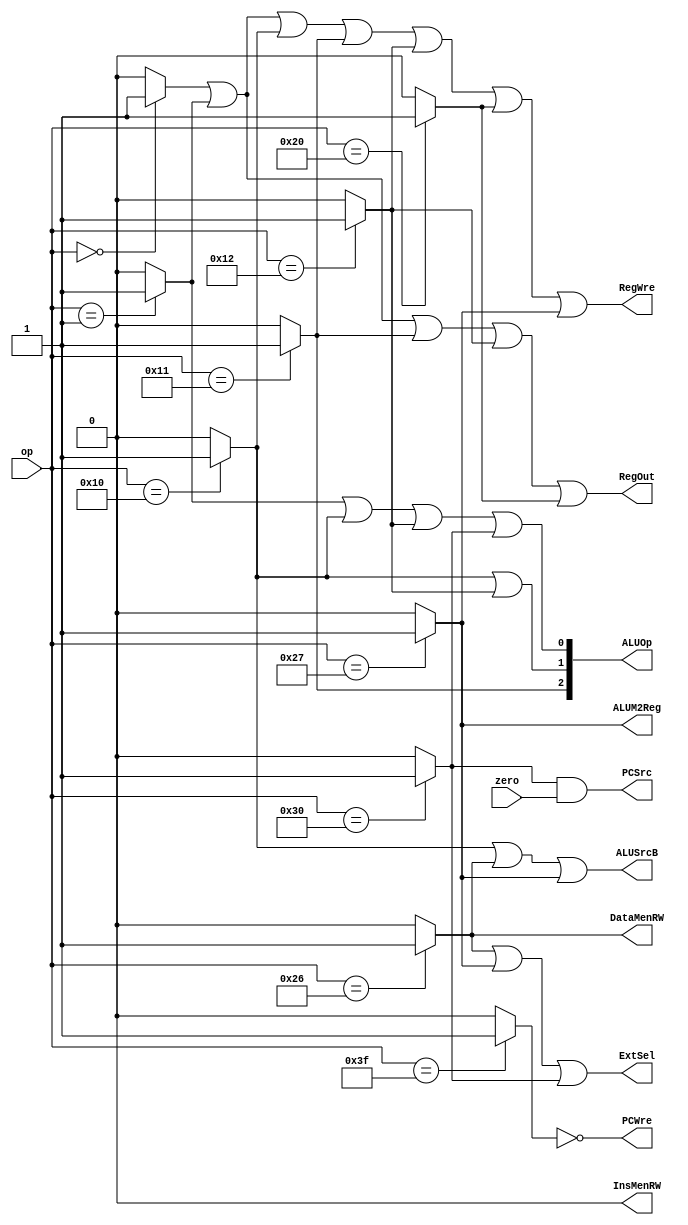
`timescale 1ns / 1ps
//////////////////////////////////////////////////////////////////////////////////
// Company: SYSU
// 
// Design Name: 
// Module Name:    CU 
// Project Name: 
// Target Devices: 
// Tool versions: 
// Description: 
//
// Dependencies: 
//
// Revision: 
// Revision 0.01 - File Created
// Additional Comments: 
//
//////////////////////////////////////////////////////////////////////////////////
module CU(
	input [5:0]op, // 
	input zero,
	output wire RegOut,
	output wire InsMenRW,
	output wire ExtSel,
	output wire DataMenRW,
	output wire ALUM2Reg,
	output wire ALUSrcB,
	output wire PCSrc,
	output wire RegWre,
	output wire PCWre,
	output wire [2:0] ALUOp
    );
	// 326
	reg [5:0] ADD;
	reg [5:0] SUB;
	reg [5:0] ORI;
	reg [5:0] AND;
	reg [5:0] OR;
	reg [5:0] MOVE;
	reg [5:0] SW;
	reg [5:0] LW;
	reg [5:0] BEQ;
	reg [5:0] HALT;
	
	reg i_add;
	reg i_sub;
	reg i_ori;
	reg i_and;
	reg i_or;
	reg i_move;
	reg i_sw;
	reg i_lw;
	reg i_beq;
	reg i_halt;
	
	initial begin
		i_add = 0;
		i_sub = 0;
		i_ori = 0;
		i_and = 0;
		i_or = 0;
		i_move = 0;
		i_sw = 0;
		i_lw = 0;
		i_beq = 0;
		i_halt = 0;
	end
	
	// 1 wire
	assign ALUSrcB = i_ori || i_sw || i_lw;
	assign ALUM2Reg = i_lw;
	assign RegWre = i_add || i_sub || i_ori || i_and || i_or || i_move || i_lw;
	assign DataMenRW = i_sw;
	assign ExtSel = i_sw || i_lw || i_beq;
	assign PCSrc = i_beq && zero;
	assign RegOut = i_add || i_sub || i_and || i_or || i_move;
	assign PCWre = !i_halt;
	assign ALUOp[2] = i_and;
	assign ALUOp[1] = i_ori || i_or;
	assign ALUOp[0] = i_sub || i_ori || i_or || i_beq;
	assign InsMenRW = 0;
	
	// zero1
	always@(op or zero) begin
	   // 
		ADD = 6'b000000;
		SUB = 6'b000001;
		ORI = 6'b010000;
		AND = 6'b010001;
		OR = 6'b010010;
		MOVE = 6'b100000;
		SW = 6'b100110;
		LW = 6'b100111;
		BEQ = 6'b110000;
		HALT = 6'b111111;
		
		i_add = 0;
		i_sub = 0;
		i_ori = 0;
		i_and = 0;
		i_or = 0;
		i_move = 0;
		i_sw = 0;
		i_lw = 0;
		i_beq = 0;
		i_halt = 0;
		
		// 
		case (op)
			ADD: begin
				i_add = 1;
			end
			SUB: begin
				i_sub = 1;
			end
			ORI: begin
				i_ori = 1;
			end
			AND: begin
				i_and = 1;
			end
			OR: begin
				i_or = 1;
			end
			MOVE: begin
				i_move = 1;
			end
			SW: begin
				i_sw = 1;
			end
			LW: begin
				i_lw = 1;
			end
			BEQ: begin
				i_beq = 1;
			end
			HALT: begin
				i_halt = 1;
			end
		endcase
	end

endmodule